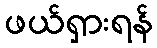
ဖယ်ရှားရန်